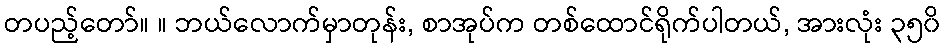
တပည့်တော်။ ။ ဘယ်လောက်မှာတုန်း, စာအုပ်က တစ်ထောင်ရိုက်ပါတယ်, အားလုံး ၃၅၀ိ